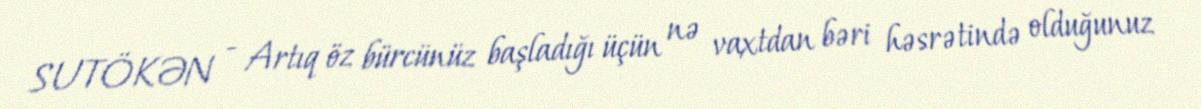
SUTÖKƏN - Artıq öz bürcünüz başladığı üçün nə vaxtdan bəri həsrətində olduğunuz